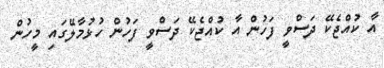
އާ ކުއްޖެކޭ ދަސްވީ ފަހުން އާ ކުއްޖެކޭ ދަސްވީ ފަހުން ހުޅުމާލޭގައި މީހުން